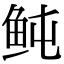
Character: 鲀